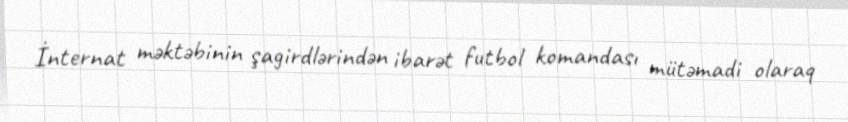
İnternat məktəbinin şagirdlərindən ibarət futbol komandası mütəmadi olaraq